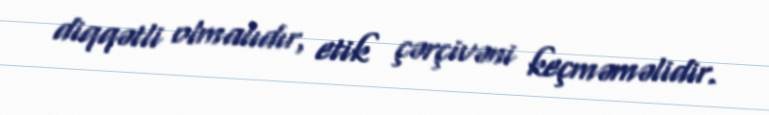
diqqətli olmalıdır, etik çərçivəni keçməməlidir.